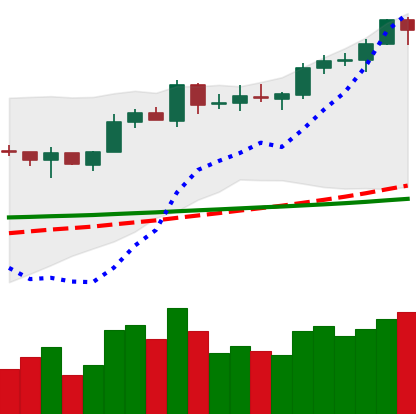
Ticker: EOS-USD
Chart end date: 2020-02-10
Forward return: -3.335%
Label: down_3_5